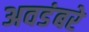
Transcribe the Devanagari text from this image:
अवडंबरे